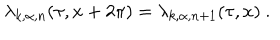
LaTeX: \lambda _ { k , \alpha , n } ( \tau , x + 2 \pi ) = \lambda _ { k , \alpha , n + 1 } ( \tau , x ) ~ .